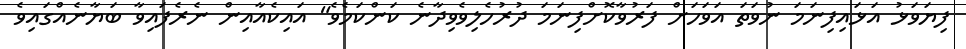
ފިޔަވަޅު އަޅައިިފިނަމަ ނުވަތަ އަވަހަށް ފަރުވާކޮށްފިނަމަ ދުރުހެލިވެވިދާނެ ކަންކަމެވެ" އައިކެއާއިން ނެރެފައިވާ ބަޔާނެއްގައިވެ